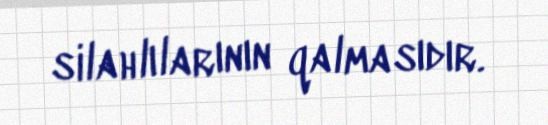
silahlılarının qalmasıdır.